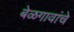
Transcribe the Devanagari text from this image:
बेळगावांचे